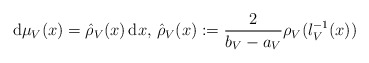
\begin{align*}\mathrm d\mu_V(x)=\hat{\rho}_V(x)\, \mathrm dx, \,\hat{\rho}_V(x):=\frac{2}{b_V-a_V}\rho_V(\l_V^{-1}(x))\end{align*}